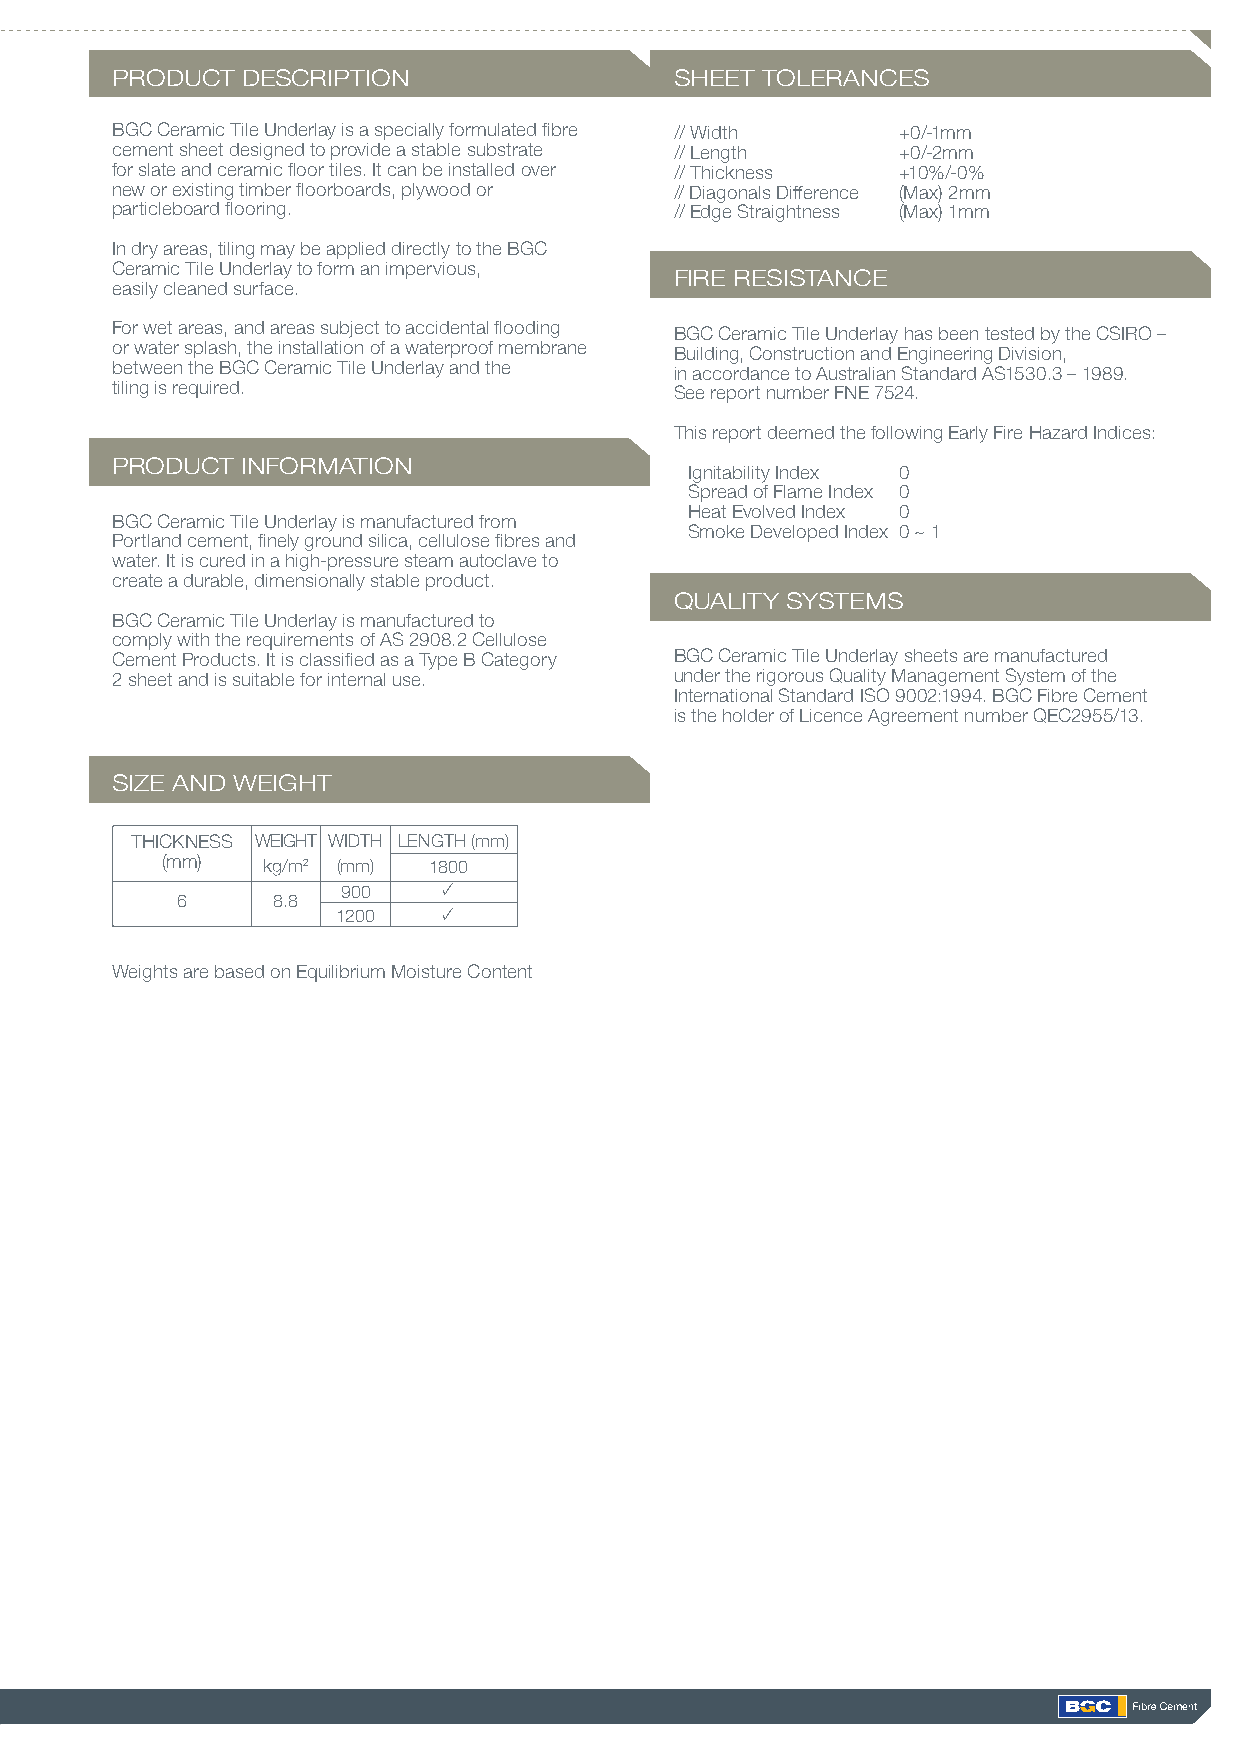
PRODUCT  DESCRIPTION                  SHEET TOLERANCES
 BGC Ceramic Tile Underlay is a specially formulated fibre // Width +0/-1mm
 cement sheet designed to provide a stable substrate // Length +0/-2mm
 for slate and ceramic floor tiles. It can be installed over // Thickness +10%/-0%
 new or existing timber floorboards, plywood or // Diagonals Difference (Max) 2mm
 particleboard flooring.               // Edge Straightness (Max) 1mm
 In dry areas, tiling may be applied directly to the BGC
 Ceramic Tile Underlay to form an impervious,
 FIRE RESISTANCE
 easily cleaned surface.
 For wet areas, and areas subject to accidental flooding BGC Ceramic Tile Underlay has been tested by the CSIRO –
 or water splash, the installation of a waterproof membrane Building, Construction and Engineering Division,
 between the BGC Ceramic Tile Underlay and the in accordance to Australian Standard AS1530.3 – 1989.
 tiling is required.                   See report number FNE 7524.
 This report deemed the following Early Fire Hazard Indices:
 PRODUCT  INFORMATION
 Ignitability Index 0
 Spread of Flame Index 0
 Heat Evolved Index 0
 BGC Ceramic Tile Underlay is manufactured from
 Smoke Developed Index 0 ~ 1
 Portland cement, finely ground silica, cellulose fibres and
 water. It is cured in a high-pressure steam autoclave to
 create a durable, dimensionally stable product.
 QUALITY SYSTEMS
 BGC Ceramic Tile Underlay is manufactured to
 comply with the requirements of AS 2908.2 Cellulose
 Cement Products. It is classified as a Type B Category BGC Ceramic Tile Underlay sheets are manufactured
 2 sheet and is suitable for internal use. under the rigorous Quality Management System of the
 International Standard ISO 9002:1994. BGC Fibre Cement
 is the holder of Licence Agreement number QEC2955/13.
 SIZE AND WEIGHT
 THICKNESS WEIGHT WIDTH LENGTH (mm)
 (mm)  kg/m2 (mm) 1800
 900   •
 6     8.8
 1200   •
 Weights are based on Equilibrium Moisture Content